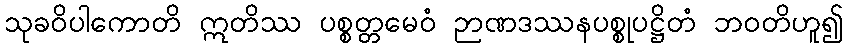
သုခဝိပါကောတိ ဣတိဿ ပစ္စတ္တမေဝံ ဉာဏဒဿနပစ္စုပဋ္ဌိတံ ဘဝတိဟူ၍